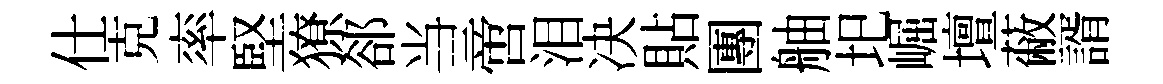
仕克率堅獠郤当啻泪决貼團舳圯崛壇蔽諝